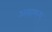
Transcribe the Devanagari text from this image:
असामन्य